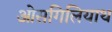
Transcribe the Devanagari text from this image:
ओसगिलियाथ